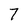
Character: 7